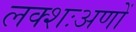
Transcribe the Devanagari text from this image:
लक्शःअणों